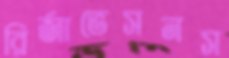
রির্জাভেসনস